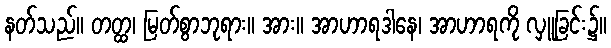
နတ်သည်။ တတ္ထ၊ မြတ်စွာဘုရား။ အား။ အာဟာရဒါနေ၊ အာဟာရကို လှူခြင်း၌။